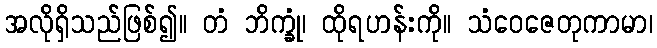
အလိုရှိသည်ဖြစ်၍။ တံ ဘိက္ခုံ၊ ထိုရဟန်းကို။ သံဝေဇေတုကာမာ၊